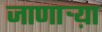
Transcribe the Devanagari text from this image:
जाणार्‍य़ा